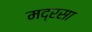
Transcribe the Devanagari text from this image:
मद्रसा